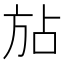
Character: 𪯴